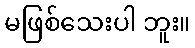
မဖြစ်သေးပါ ဘူး။